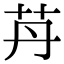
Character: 䒟